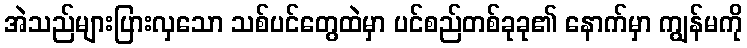
အဲသည်များပြားလှသော သစ်ပင်တွေထဲမှာ ပင်စည်တစ်ခုခု၏ နောက်မှာ ကျွန်မကို